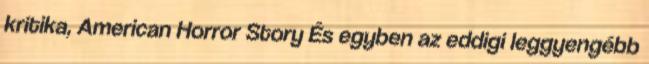
kritika, American Horror Story És egyben az eddigi leggyengébb